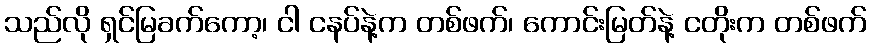
သည်လို ရှင်မြခက်ကော့၊ ငါ ငနပ်နဲ့က တစ်ဖက်၊ ကောင်းမြတ်နဲ့ ငတိုးက တစ်ဖက်